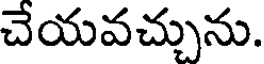
చేయవచ్చును.